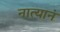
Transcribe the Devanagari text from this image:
नात्यानं